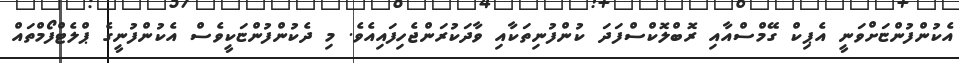
އެކުންފުންޏަށްވަނީ އެޕިކް ގޭމްސްއާއި ރޮބްލޮކްސްފަދަ ކުންފުނިތަކާއި ވާދަކުރަންޖެހިފައިއެވެ. މި ދެކުންފުންޏަކީވެސް އެކުންފުނީގެ ޕްލެޓްފޯމްތައް